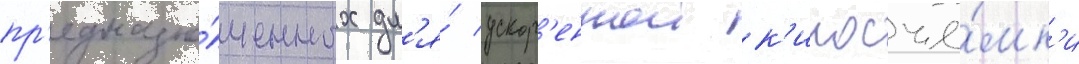
пр'едназна́ченных дл'я́ ускор'еннои к'иносъё́мк'и